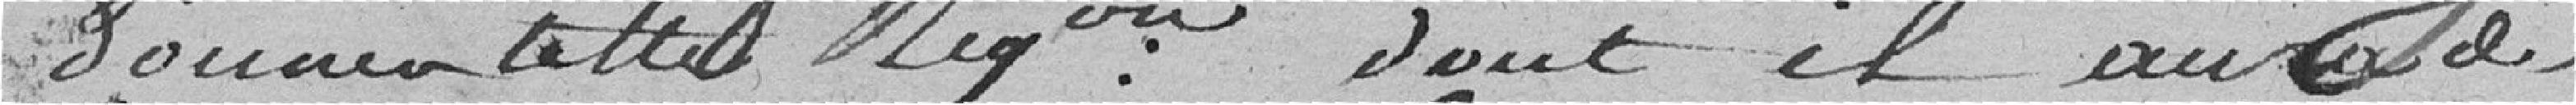
donner cette négociation dont il aura